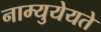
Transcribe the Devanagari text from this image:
नाम्युयेयते